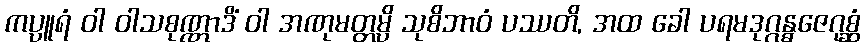
ကပ္ပူရံ ဝါ ဝါသစုဏ္ဏာဒိံ ဝါ အဏုမတ္တမ္ပိ သုစိဘာဝံ ပဿတိ, အထ ခေါ ပရမဒုဂ္ဂန္ဓဇေဂုစ္ဆံ